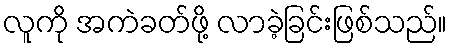
လူကို အကဲခတ်ဖို့ လာခဲ့ခြင်းဖြစ်သည်။